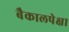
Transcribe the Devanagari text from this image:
बैकालपेक्षा